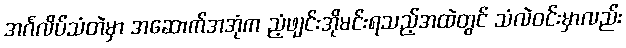
အင်္ဂလိပ်သံတဲမှာ အဆောက်အအုံက ညံ့ဖျင်းအိုမင်းရသည့်အထဲတွင် သံလဲဝင်းမှာလည်း